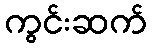
ကွင်းဆက်